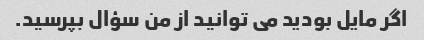
اگر مایل بودید می توانید از من سؤال بپرسید.